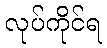
လုပ်ကိုင်ရ